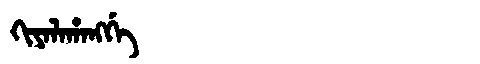
Manchu: ᡴᡳᠶᠠᠯᠠᡥᠠᠩᡤᡝ
Romanization: KIYALAHANGGE